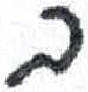
אות: ב